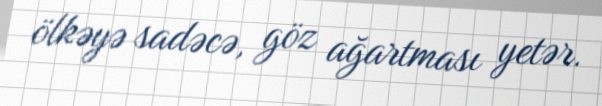
ölkəyə sadəcə, göz ağartması yetər.